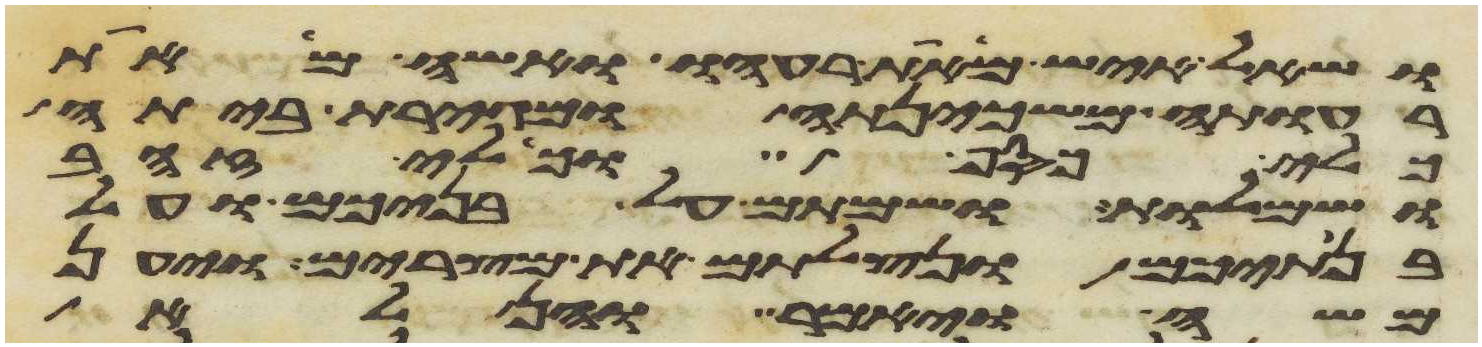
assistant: ושאל איש מאת רעהו ואשה מאת
רעותה משכינתה ומגירת ביתה
כלי כסף וכלי זהב
ושמלות ושמתם על בניכם ועל
בנתיכם ונצלתם את מצרים ויען
משה ויאמר והן לא